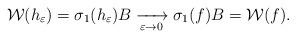
LaTeX: \begin{align*}\mathcal{W}(h_\varepsilon) = \sigma_1 (h_\varepsilon) B \xrightarrow[\varepsilon \rightarrow 0 ]{} \sigma_1 (f) B=\mathcal{W}(f) .\end{align*}